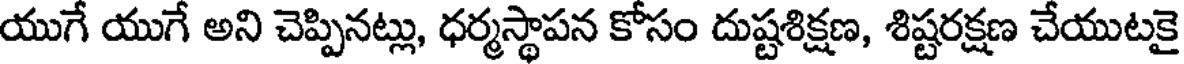
యుగే యుగే అని చెప్పినట్లు, ధర్మస్థాపన కోసం దుష్టశిక్షణ, శిష్టరక్షణ చేయుటకై